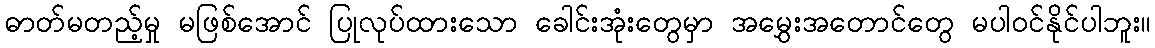
ဓာတ်မတည့်မှု မဖြစ်အောင် ပြုလုပ်ထားသော ခေါင်းအုံးတွေမှာ အမွှေးအတောင်တွေ မပါဝင်နိုင်ပါဘူး။